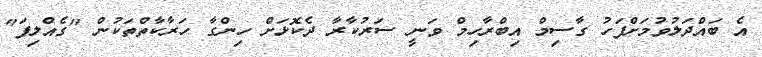
އެ ބައްދަލުވުމަށްފަހު ގާސިމް އިބްރާހިމް ވަނީ ސަރުކާރާ ދެކޮޅަށް ހިންގާ ހަރާކާތްތަކުން "ގެއްލިފަ"